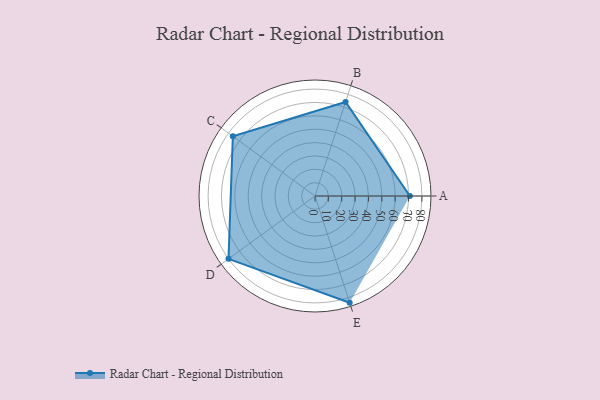
{"axis": {"x": "Skill", "y": "Score"}, "legend": ["Profile"], "data": [{"x": "A", "y": 71.0, "type": "Profile"}, {"x": "B", "y": 74.0, "type": "Profile"}, {"x": "C", "y": 76.0, "type": "Profile"}, {"x": "D", "y": 80.0, "type": "Profile"}, {"x": "E", "y": 84.0, "type": "Profile"}]}